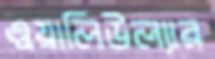
ওয়ালিউল্যার